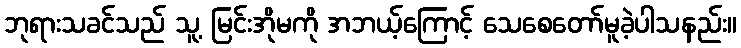
ဘုရားသခင်သည် သူ့ မြင်းအိုမကို အဘယ့်ကြောင့် သေစေတော်မူခဲ့ပါသနည်း။